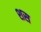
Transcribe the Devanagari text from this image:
शस